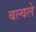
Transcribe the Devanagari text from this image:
बल्वले